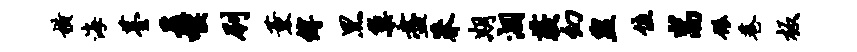
横海薹爰喉刷薰缚黑巢尽莽期涸蔌幻盥佳嵩碾巷板